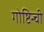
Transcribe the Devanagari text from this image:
गोष्टिन्ची